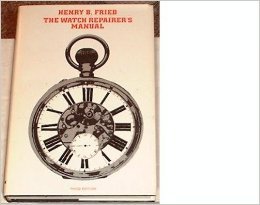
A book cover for The Watch Repairer's Manual; Henry B. Fried; Crafts, Hobbies & Home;